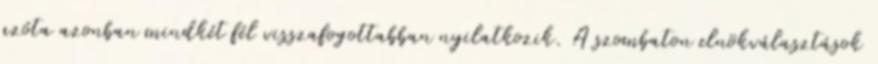
azóta azonban mindkét fél visszafogottabban nyilatkozik. A szombaton elnökválasztások